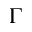
\Gamma